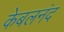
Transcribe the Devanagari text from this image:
केबलनंद